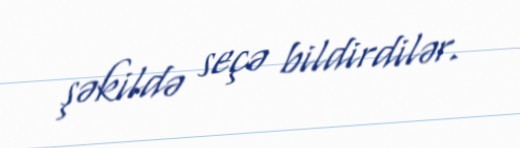
şəkildə seçə bildirdilər.